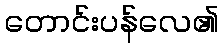
တောင်းပန်လေ၏